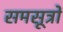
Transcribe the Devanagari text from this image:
समसूत्रों